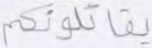
يقاتلونكم